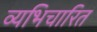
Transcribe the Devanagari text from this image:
व्यभिचारित